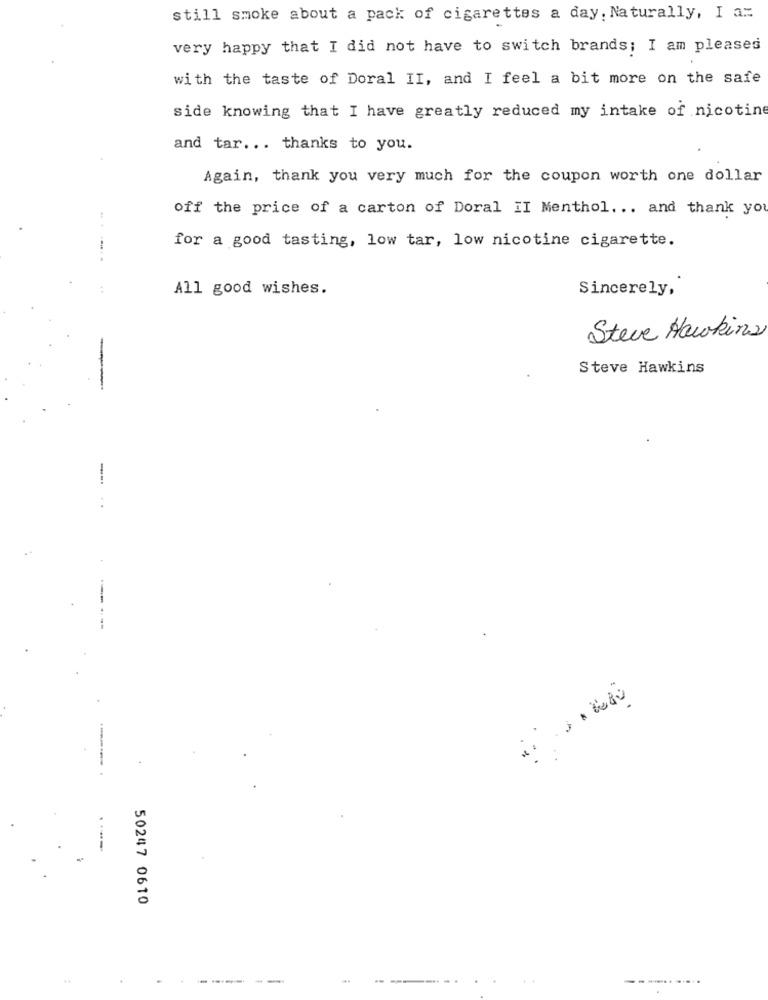
still smoke about a pack of cigarettes a day. Naturally, I a=
very happy that I did not have to switch brands; I am pleased
with the taste of Doral II, and I feel a bit more on the safe
side knowing that I have greatly reduced my intake of nicotine
and tar ... thanks to you.
Again, thank you very much for the coupon worth one dollar
off the price of a carton of Doral II Menthol. .. and thank you
for a good tasting, low tar, low nicotine cigarette.
All good wishes.
Sincerely,
Steve Hawkins
Steve Hawkins
--
--
50247 0610
..
.
------